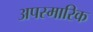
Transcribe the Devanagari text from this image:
अपस्मारिक